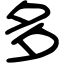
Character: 多